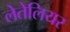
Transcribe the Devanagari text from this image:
लेतेलियर